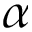
\alpha